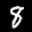
Label: 8